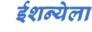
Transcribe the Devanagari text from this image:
ईशन्येला